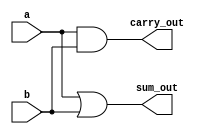
module halfadder(a,b, sum_out, carry_out);

input a, b;
output sum_out, carry_out;

or(sum_out, a ,b);
and(carry_out, a, b);
endmodule